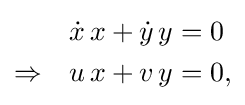
{\begin{aligned}&&{\dot {x}}\,x+{\dot {y}}\,y&=0\\\Rightarrow &&u\,x+v\,y&=0,\end{aligned}}